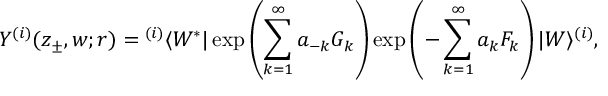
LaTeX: Y ^ { ( i ) } ( z _ { \pm } , w ; r ) = { } ^ { ( i ) } \langle W ^ { * } | \exp \left( \sum _ { k = 1 } ^ { \infty } a _ { - k } G _ { k } \right) \exp \left( - \sum _ { k = 1 } ^ { \infty } a _ { k } F _ { k } \right) | W \rangle ^ { ( i ) } ,